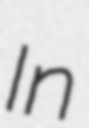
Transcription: In